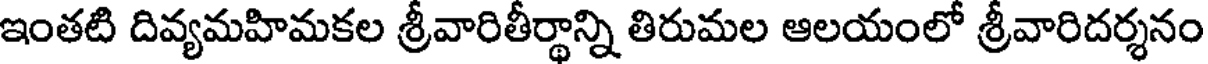
ఇంతటి దివ్యమహిమకల శ్రీవారితీర్థాన్ని తిరుమల ఆలయంలో శ్రీవారిదర్శనం